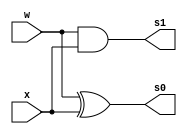
// -------------------------
// Exemplo0021 - FULL ADDER 
// Nome: Pedro Henrique Vilar Locatelli 
// ------------------------- 
// ------------------------- 
		module halfAdder (output s0, 
								output s1,
		                  input w,  
		                  input x); 
		
//		xor (s0, w, x);
//		and (s1, w, x);
		xor XOR1(s0, w, x);
		and AND1(s1, w, x);

		endmodule // halfAdder

		module fullAdder (output s0,
								output s1,
		                  input w,
		                  input x,
		                  input ci);
			wire sxor,sand1,sand2;

			halfAdder ha1(sxor,sand1,w,x);
			halfAdder ha2(s0,sand2,ci,sxor);
//			or (s1, sand1, sand2);
			or OR1(s1, sand1, sand2);

		endmodule // fullAdder

	module test_fullAdder;
// ------------------------- definir dados
		reg [4:0] y;
		reg [4:0] z;
		reg vazio;
		wire carry1;
		wire carry2;
		wire carry3;
		wire carry4; 
		wire [4:0] s0f;
		wire s1f;
		
		fullAdder fa1 (s0f[0], carry1, y[0], z[0], vazio);
		fullAdder fa2 (s0f[1], carry2, y[1], z[1], carry1);
		fullAdder fa3 (s0f[2], carry3, y[2], z[2], carry2);
		fullAdder fa4 (s0f[3], carry4, y[3], z[3], carry3);
		fullAdder fa5 (s0f[4], s1f, y[4], z[4], carry4);
		
// ------------------------- parte principal 
	initial begin 
		$display("Exemplo0021 - Pedro Henrique Vilar Locatelli - 427453"); 
		$display("Test ALU's full adder"); 
		
		// projetar testes do somador complete
		
		#1 y = 5'b00001; z = 5'b00001; vazio = 1'b0;
		
		$monitor("%b + %b = %b%b", y, z, s1f, s0f ); 
		
		#2 y = 5'b00101; z = 5'b00101; vazio = 1'b0;
		
	end 
endmodule // test_fullAdder